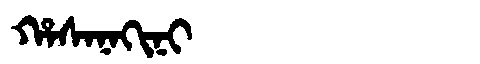
Manchu: ᡥᠠᠰᠠᠨᠠᡴᡳᠨᡳ
Romanization: HASANAKINI